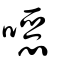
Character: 噁